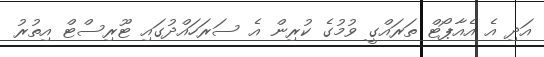
އަދި އެ އެއާޕޯޓް ތަރައްގީ ވުމުގެ ކުރިން އެ ސަރަހައްދުގައި ޓޫރިސްޓް އިތުރު